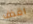
اقذف